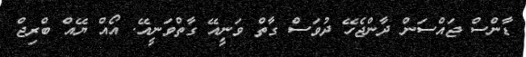
ޑާންސް ޖައްސަން ދާންޖެހޭ ދުވަސް ގާތް ވަނީއޭ ގާތްވަނީއޭ. އޯއް ޔޭއް ބްރިޖް